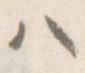
ハ